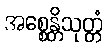
အစ္စေန္တိသုတ္တံ